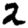
Digit: 2